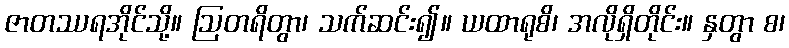
ဇာတဿရအိုင်သို့။ ဩတရိတွာ၊ သက်ဆင်း၍။ ယထာရုစိ၊ အလိုရှိတိုင်း။ နှတွာ စ၊